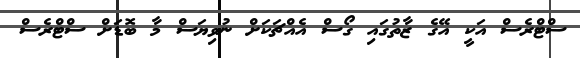
ސްޓްރެސް އަކީ އޭގެ ޒާތުގައި ގޯސް އެއްޗަކަށް ނުވިޔަސް މާ ބޮޑަށް ސްޓްރެސް